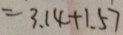
= 3 . 1 4 + 1 . 5 7